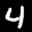
Label: 4